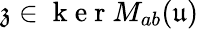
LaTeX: \mathfrak{z}\in\mathrm{~k~e~r~}M_{ab}(\mathfrak{u})